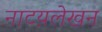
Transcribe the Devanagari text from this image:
नाटय़लेखन